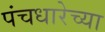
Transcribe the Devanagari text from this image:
पंचधारेच्या